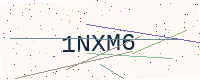
Text: 1NXM6